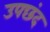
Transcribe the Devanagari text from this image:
उपछंद